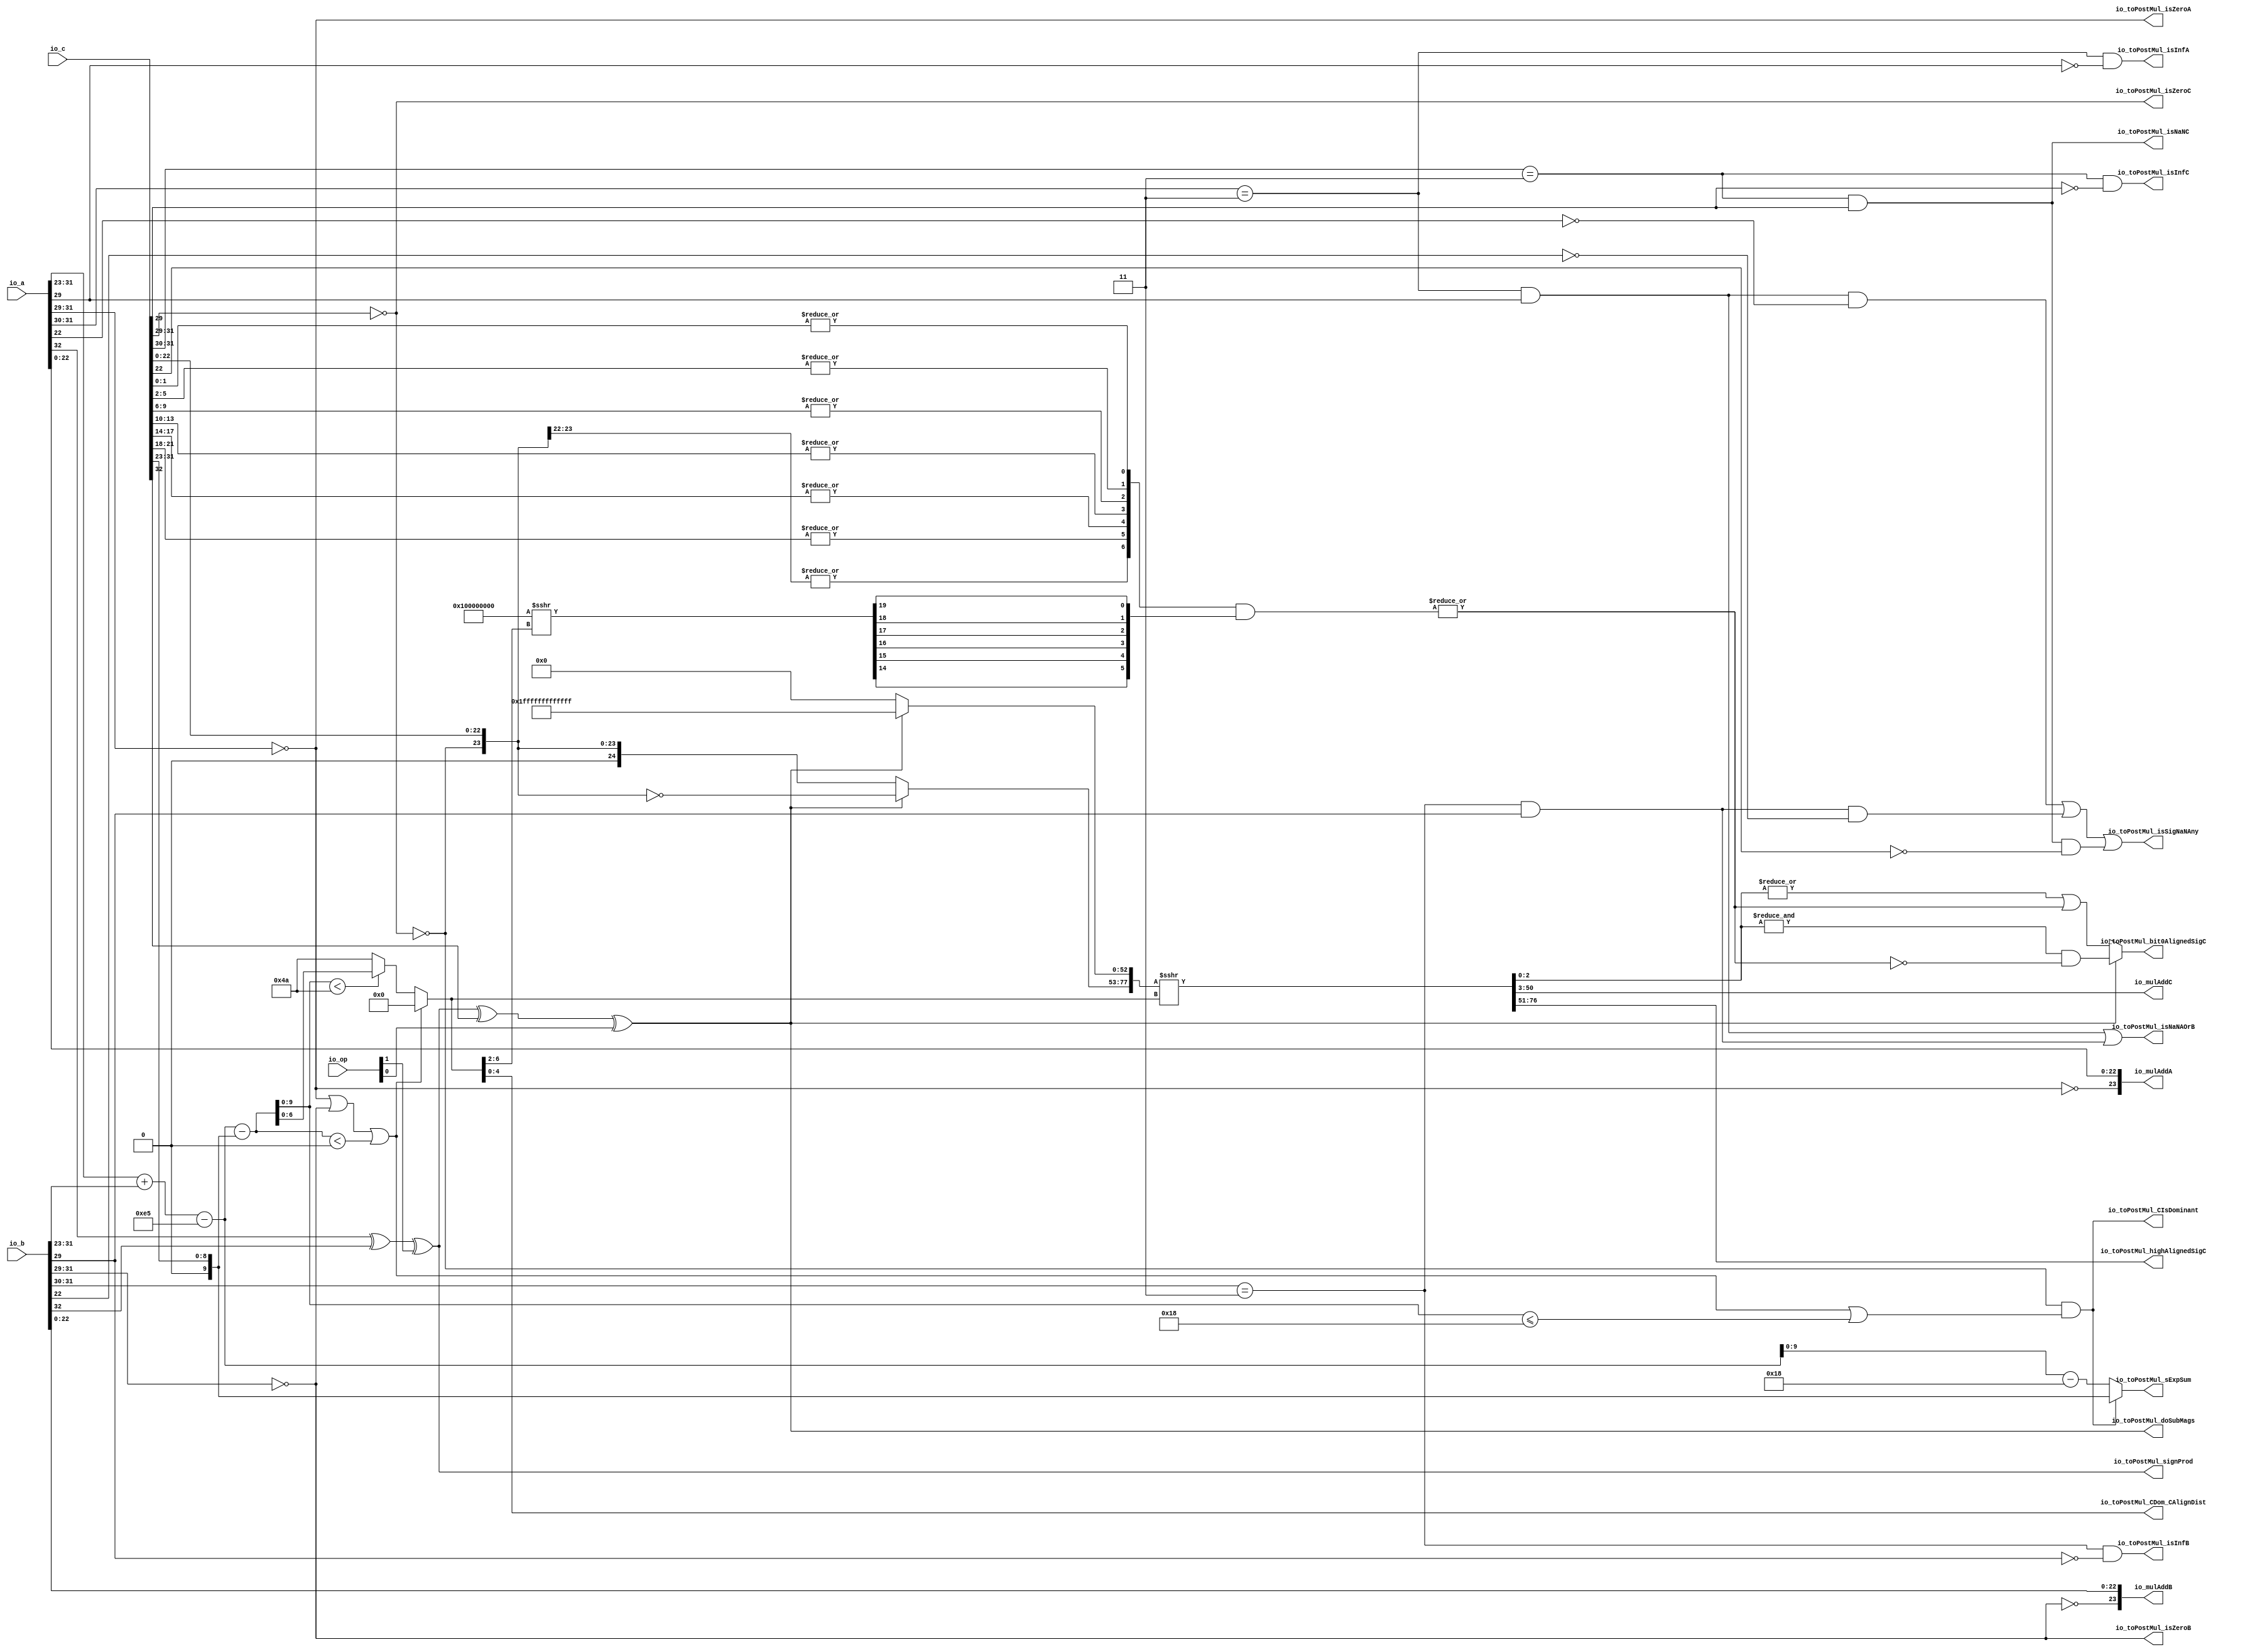
module MulAddRecFNToRaw_preMul( // @[:freechips.rocketchip.system.DefaultRV32Config.fir@210711.2]
  input  [1:0]  io_op, // @[:freechips.rocketchip.system.DefaultRV32Config.fir@210712.4]
  input  [32:0] io_a, // @[:freechips.rocketchip.system.DefaultRV32Config.fir@210712.4]
  input  [32:0] io_b, // @[:freechips.rocketchip.system.DefaultRV32Config.fir@210712.4]
  input  [32:0] io_c, // @[:freechips.rocketchip.system.DefaultRV32Config.fir@210712.4]
  output [23:0] io_mulAddA, // @[:freechips.rocketchip.system.DefaultRV32Config.fir@210712.4]
  output [23:0] io_mulAddB, // @[:freechips.rocketchip.system.DefaultRV32Config.fir@210712.4]
  output [47:0] io_mulAddC, // @[:freechips.rocketchip.system.DefaultRV32Config.fir@210712.4]
  output        io_toPostMul_isSigNaNAny, // @[:freechips.rocketchip.system.DefaultRV32Config.fir@210712.4]
  output        io_toPostMul_isNaNAOrB, // @[:freechips.rocketchip.system.DefaultRV32Config.fir@210712.4]
  output        io_toPostMul_isInfA, // @[:freechips.rocketchip.system.DefaultRV32Config.fir@210712.4]
  output        io_toPostMul_isZeroA, // @[:freechips.rocketchip.system.DefaultRV32Config.fir@210712.4]
  output        io_toPostMul_isInfB, // @[:freechips.rocketchip.system.DefaultRV32Config.fir@210712.4]
  output        io_toPostMul_isZeroB, // @[:freechips.rocketchip.system.DefaultRV32Config.fir@210712.4]
  output        io_toPostMul_signProd, // @[:freechips.rocketchip.system.DefaultRV32Config.fir@210712.4]
  output        io_toPostMul_isNaNC, // @[:freechips.rocketchip.system.DefaultRV32Config.fir@210712.4]
  output        io_toPostMul_isInfC, // @[:freechips.rocketchip.system.DefaultRV32Config.fir@210712.4]
  output        io_toPostMul_isZeroC, // @[:freechips.rocketchip.system.DefaultRV32Config.fir@210712.4]
  output [9:0]  io_toPostMul_sExpSum, // @[:freechips.rocketchip.system.DefaultRV32Config.fir@210712.4]
  output        io_toPostMul_doSubMags, // @[:freechips.rocketchip.system.DefaultRV32Config.fir@210712.4]
  output        io_toPostMul_CIsDominant, // @[:freechips.rocketchip.system.DefaultRV32Config.fir@210712.4]
  output [4:0]  io_toPostMul_CDom_CAlignDist, // @[:freechips.rocketchip.system.DefaultRV32Config.fir@210712.4]
  output [25:0] io_toPostMul_highAlignedSigC, // @[:freechips.rocketchip.system.DefaultRV32Config.fir@210712.4]
  output        io_toPostMul_bit0AlignedSigC // @[:freechips.rocketchip.system.DefaultRV32Config.fir@210712.4]
);
  wire  rawA_isZero; // @[rawFloatFromRecFN.scala 51:54:freechips.rocketchip.system.DefaultRV32Config.fir@210717.4]
  wire  _T_4; // @[rawFloatFromRecFN.scala 52:54:freechips.rocketchip.system.DefaultRV32Config.fir@210719.4]
  wire  rawA_isNaN; // @[rawFloatFromRecFN.scala 55:33:freechips.rocketchip.system.DefaultRV32Config.fir@210723.4]
  wire  _T_8; // @[rawFloatFromRecFN.scala 56:36:freechips.rocketchip.system.DefaultRV32Config.fir@210726.4]
  wire  rawA_sign; // @[rawFloatFromRecFN.scala 58:25:freechips.rocketchip.system.DefaultRV32Config.fir@210730.4]
  wire [9:0] rawA_sExp; // @[rawFloatFromRecFN.scala 59:27:freechips.rocketchip.system.DefaultRV32Config.fir@210732.4]
  wire  _T_12; // @[rawFloatFromRecFN.scala 60:39:freechips.rocketchip.system.DefaultRV32Config.fir@210734.4]
  wire [24:0] rawA_sig; // @[Cat.scala 29:58:freechips.rocketchip.system.DefaultRV32Config.fir@210737.4]
  wire  rawB_isZero; // @[rawFloatFromRecFN.scala 51:54:freechips.rocketchip.system.DefaultRV32Config.fir@210741.4]
  wire  _T_20; // @[rawFloatFromRecFN.scala 52:54:freechips.rocketchip.system.DefaultRV32Config.fir@210743.4]
  wire  rawB_isNaN; // @[rawFloatFromRecFN.scala 55:33:freechips.rocketchip.system.DefaultRV32Config.fir@210747.4]
  wire  _T_24; // @[rawFloatFromRecFN.scala 56:36:freechips.rocketchip.system.DefaultRV32Config.fir@210750.4]
  wire  rawB_sign; // @[rawFloatFromRecFN.scala 58:25:freechips.rocketchip.system.DefaultRV32Config.fir@210754.4]
  wire [9:0] rawB_sExp; // @[rawFloatFromRecFN.scala 59:27:freechips.rocketchip.system.DefaultRV32Config.fir@210756.4]
  wire  _T_28; // @[rawFloatFromRecFN.scala 60:39:freechips.rocketchip.system.DefaultRV32Config.fir@210758.4]
  wire [24:0] rawB_sig; // @[Cat.scala 29:58:freechips.rocketchip.system.DefaultRV32Config.fir@210761.4]
  wire  rawC_isZero; // @[rawFloatFromRecFN.scala 51:54:freechips.rocketchip.system.DefaultRV32Config.fir@210765.4]
  wire  _T_36; // @[rawFloatFromRecFN.scala 52:54:freechips.rocketchip.system.DefaultRV32Config.fir@210767.4]
  wire  rawC_isNaN; // @[rawFloatFromRecFN.scala 55:33:freechips.rocketchip.system.DefaultRV32Config.fir@210771.4]
  wire  _T_40; // @[rawFloatFromRecFN.scala 56:36:freechips.rocketchip.system.DefaultRV32Config.fir@210774.4]
  wire  rawC_sign; // @[rawFloatFromRecFN.scala 58:25:freechips.rocketchip.system.DefaultRV32Config.fir@210778.4]
  wire [9:0] rawC_sExp; // @[rawFloatFromRecFN.scala 59:27:freechips.rocketchip.system.DefaultRV32Config.fir@210780.4]
  wire  _T_44; // @[rawFloatFromRecFN.scala 60:39:freechips.rocketchip.system.DefaultRV32Config.fir@210782.4]
  wire [24:0] rawC_sig; // @[Cat.scala 29:58:freechips.rocketchip.system.DefaultRV32Config.fir@210785.4]
  wire  _T_48; // @[MulAddRecFN.scala 98:30:freechips.rocketchip.system.DefaultRV32Config.fir@210787.4]
  wire  signProd; // @[MulAddRecFN.scala 98:42:freechips.rocketchip.system.DefaultRV32Config.fir@210789.4]
  wire [10:0] _T_50; // @[MulAddRecFN.scala 101:19:freechips.rocketchip.system.DefaultRV32Config.fir@210790.4]
  wire [10:0] sExpAlignedProd; // @[MulAddRecFN.scala 101:32:freechips.rocketchip.system.DefaultRV32Config.fir@210793.4]
  wire  _T_53; // @[MulAddRecFN.scala 103:30:freechips.rocketchip.system.DefaultRV32Config.fir@210794.4]
  wire  doSubMags; // @[MulAddRecFN.scala 103:42:freechips.rocketchip.system.DefaultRV32Config.fir@210796.4]
  wire [10:0] _GEN_0; // @[MulAddRecFN.scala 107:42:freechips.rocketchip.system.DefaultRV32Config.fir@210797.4]
  wire [10:0] sNatCAlignDist; // @[MulAddRecFN.scala 107:42:freechips.rocketchip.system.DefaultRV32Config.fir@210799.4]
  wire [9:0] posNatCAlignDist; // @[MulAddRecFN.scala 108:42:freechips.rocketchip.system.DefaultRV32Config.fir@210800.4]
  wire  _T_57; // @[MulAddRecFN.scala 109:35:freechips.rocketchip.system.DefaultRV32Config.fir@210801.4]
  wire  _T_58; // @[MulAddRecFN.scala 109:69:freechips.rocketchip.system.DefaultRV32Config.fir@210802.4]
  wire  isMinCAlign; // @[MulAddRecFN.scala 109:50:freechips.rocketchip.system.DefaultRV32Config.fir@210803.4]
  wire  _T_60; // @[MulAddRecFN.scala 111:60:freechips.rocketchip.system.DefaultRV32Config.fir@210805.4]
  wire  _T_61; // @[MulAddRecFN.scala 111:39:freechips.rocketchip.system.DefaultRV32Config.fir@210806.4]
  wire  CIsDominant; // @[MulAddRecFN.scala 111:23:freechips.rocketchip.system.DefaultRV32Config.fir@210807.4]
  wire  _T_62; // @[MulAddRecFN.scala 115:34:freechips.rocketchip.system.DefaultRV32Config.fir@210808.4]
  wire [6:0] _T_64; // @[MulAddRecFN.scala 115:16:freechips.rocketchip.system.DefaultRV32Config.fir@210810.4]
  wire [6:0] CAlignDist; // @[MulAddRecFN.scala 113:12:freechips.rocketchip.system.DefaultRV32Config.fir@210811.4]
  wire [24:0] _T_65; // @[MulAddRecFN.scala 121:28:freechips.rocketchip.system.DefaultRV32Config.fir@210812.4]
  wire [24:0] _T_66; // @[MulAddRecFN.scala 121:16:freechips.rocketchip.system.DefaultRV32Config.fir@210813.4]
  wire [52:0] _T_68; // @[Bitwise.scala 72:12:freechips.rocketchip.system.DefaultRV32Config.fir@210815.4]
  wire [77:0] _T_70; // @[MulAddRecFN.scala 123:11:freechips.rocketchip.system.DefaultRV32Config.fir@210817.4]
  wire [77:0] mainAlignedSigC; // @[MulAddRecFN.scala 123:17:freechips.rocketchip.system.DefaultRV32Config.fir@210818.4]
  wire [26:0] _T_71; // @[MulAddRecFN.scala 125:30:freechips.rocketchip.system.DefaultRV32Config.fir@210819.4]
  wire  _T_74; // @[primitives.scala 121:54:freechips.rocketchip.system.DefaultRV32Config.fir@210823.4]
  wire  _T_76; // @[primitives.scala 121:54:freechips.rocketchip.system.DefaultRV32Config.fir@210826.4]
  wire  _T_78; // @[primitives.scala 121:54:freechips.rocketchip.system.DefaultRV32Config.fir@210829.4]
  wire  _T_80; // @[primitives.scala 121:54:freechips.rocketchip.system.DefaultRV32Config.fir@210832.4]
  wire  _T_82; // @[primitives.scala 121:54:freechips.rocketchip.system.DefaultRV32Config.fir@210835.4]
  wire  _T_84; // @[primitives.scala 121:54:freechips.rocketchip.system.DefaultRV32Config.fir@210838.4]
  wire  _T_86; // @[primitives.scala 124:57:freechips.rocketchip.system.DefaultRV32Config.fir@210841.4]
  wire [6:0] _T_92; // @[primitives.scala 125:20:freechips.rocketchip.system.DefaultRV32Config.fir@210848.4]
  wire [32:0] _T_94; // @[primitives.scala 77:58:freechips.rocketchip.system.DefaultRV32Config.fir@210850.4]
  wire [5:0] _T_110; // @[Cat.scala 29:58:freechips.rocketchip.system.DefaultRV32Config.fir@210866.4]
  wire [6:0] _GEN_1; // @[MulAddRecFN.scala 125:68:freechips.rocketchip.system.DefaultRV32Config.fir@210867.4]
  wire [6:0] _T_111; // @[MulAddRecFN.scala 125:68:freechips.rocketchip.system.DefaultRV32Config.fir@210867.4]
  wire  reduced4CExtra; // @[MulAddRecFN.scala 133:11:freechips.rocketchip.system.DefaultRV32Config.fir@210868.4]
  wire  _T_114; // @[MulAddRecFN.scala 137:39:freechips.rocketchip.system.DefaultRV32Config.fir@210871.4]
  wire  _T_115; // @[MulAddRecFN.scala 137:47:freechips.rocketchip.system.DefaultRV32Config.fir@210872.4]
  wire  _T_116; // @[MulAddRecFN.scala 137:44:freechips.rocketchip.system.DefaultRV32Config.fir@210873.4]
  wire  _T_118; // @[MulAddRecFN.scala 138:39:freechips.rocketchip.system.DefaultRV32Config.fir@210875.4]
  wire  _T_119; // @[MulAddRecFN.scala 138:44:freechips.rocketchip.system.DefaultRV32Config.fir@210876.4]
  wire  _T_120; // @[MulAddRecFN.scala 136:16:freechips.rocketchip.system.DefaultRV32Config.fir@210877.4]
  wire [74:0] _T_121; // @[Cat.scala 29:58:freechips.rocketchip.system.DefaultRV32Config.fir@210878.4]
  wire [75:0] alignedSigC; // @[Cat.scala 29:58:freechips.rocketchip.system.DefaultRV32Config.fir@210879.4]
  wire  _T_124; // @[common.scala 81:49:freechips.rocketchip.system.DefaultRV32Config.fir@210885.4]
  wire  _T_125; // @[common.scala 81:46:freechips.rocketchip.system.DefaultRV32Config.fir@210886.4]
  wire  _T_127; // @[common.scala 81:49:freechips.rocketchip.system.DefaultRV32Config.fir@210888.4]
  wire  _T_128; // @[common.scala 81:46:freechips.rocketchip.system.DefaultRV32Config.fir@210889.4]
  wire  _T_129; // @[MulAddRecFN.scala 149:32:freechips.rocketchip.system.DefaultRV32Config.fir@210890.4]
  wire  _T_131; // @[common.scala 81:49:freechips.rocketchip.system.DefaultRV32Config.fir@210892.4]
  wire  _T_132; // @[common.scala 81:46:freechips.rocketchip.system.DefaultRV32Config.fir@210893.4]
  wire [10:0] _T_137; // @[MulAddRecFN.scala 161:53:freechips.rocketchip.system.DefaultRV32Config.fir@210908.4]
  wire [10:0] _T_138; // @[MulAddRecFN.scala 161:12:freechips.rocketchip.system.DefaultRV32Config.fir@210909.4]
  assign rawA_isZero = io_a[31:29] == 3'h0; // @[rawFloatFromRecFN.scala 51:54:freechips.rocketchip.system.DefaultRV32Config.fir@210717.4]
  assign _T_4 = io_a[31:30] == 2'h3; // @[rawFloatFromRecFN.scala 52:54:freechips.rocketchip.system.DefaultRV32Config.fir@210719.4]
  assign rawA_isNaN = _T_4 & io_a[29]; // @[rawFloatFromRecFN.scala 55:33:freechips.rocketchip.system.DefaultRV32Config.fir@210723.4]
  assign _T_8 = ~io_a[29]; // @[rawFloatFromRecFN.scala 56:36:freechips.rocketchip.system.DefaultRV32Config.fir@210726.4]
  assign rawA_sign = io_a[32]; // @[rawFloatFromRecFN.scala 58:25:freechips.rocketchip.system.DefaultRV32Config.fir@210730.4]
  assign rawA_sExp = {1'b0,$signed(io_a[31:23])}; // @[rawFloatFromRecFN.scala 59:27:freechips.rocketchip.system.DefaultRV32Config.fir@210732.4]
  assign _T_12 = ~rawA_isZero; // @[rawFloatFromRecFN.scala 60:39:freechips.rocketchip.system.DefaultRV32Config.fir@210734.4]
  assign rawA_sig = {1'h0,_T_12,io_a[22:0]}; // @[Cat.scala 29:58:freechips.rocketchip.system.DefaultRV32Config.fir@210737.4]
  assign rawB_isZero = io_b[31:29] == 3'h0; // @[rawFloatFromRecFN.scala 51:54:freechips.rocketchip.system.DefaultRV32Config.fir@210741.4]
  assign _T_20 = io_b[31:30] == 2'h3; // @[rawFloatFromRecFN.scala 52:54:freechips.rocketchip.system.DefaultRV32Config.fir@210743.4]
  assign rawB_isNaN = _T_20 & io_b[29]; // @[rawFloatFromRecFN.scala 55:33:freechips.rocketchip.system.DefaultRV32Config.fir@210747.4]
  assign _T_24 = ~io_b[29]; // @[rawFloatFromRecFN.scala 56:36:freechips.rocketchip.system.DefaultRV32Config.fir@210750.4]
  assign rawB_sign = io_b[32]; // @[rawFloatFromRecFN.scala 58:25:freechips.rocketchip.system.DefaultRV32Config.fir@210754.4]
  assign rawB_sExp = {1'b0,$signed(io_b[31:23])}; // @[rawFloatFromRecFN.scala 59:27:freechips.rocketchip.system.DefaultRV32Config.fir@210756.4]
  assign _T_28 = ~rawB_isZero; // @[rawFloatFromRecFN.scala 60:39:freechips.rocketchip.system.DefaultRV32Config.fir@210758.4]
  assign rawB_sig = {1'h0,_T_28,io_b[22:0]}; // @[Cat.scala 29:58:freechips.rocketchip.system.DefaultRV32Config.fir@210761.4]
  assign rawC_isZero = io_c[31:29] == 3'h0; // @[rawFloatFromRecFN.scala 51:54:freechips.rocketchip.system.DefaultRV32Config.fir@210765.4]
  assign _T_36 = io_c[31:30] == 2'h3; // @[rawFloatFromRecFN.scala 52:54:freechips.rocketchip.system.DefaultRV32Config.fir@210767.4]
  assign rawC_isNaN = _T_36 & io_c[29]; // @[rawFloatFromRecFN.scala 55:33:freechips.rocketchip.system.DefaultRV32Config.fir@210771.4]
  assign _T_40 = ~io_c[29]; // @[rawFloatFromRecFN.scala 56:36:freechips.rocketchip.system.DefaultRV32Config.fir@210774.4]
  assign rawC_sign = io_c[32]; // @[rawFloatFromRecFN.scala 58:25:freechips.rocketchip.system.DefaultRV32Config.fir@210778.4]
  assign rawC_sExp = {1'b0,$signed(io_c[31:23])}; // @[rawFloatFromRecFN.scala 59:27:freechips.rocketchip.system.DefaultRV32Config.fir@210780.4]
  assign _T_44 = ~rawC_isZero; // @[rawFloatFromRecFN.scala 60:39:freechips.rocketchip.system.DefaultRV32Config.fir@210782.4]
  assign rawC_sig = {1'h0,_T_44,io_c[22:0]}; // @[Cat.scala 29:58:freechips.rocketchip.system.DefaultRV32Config.fir@210785.4]
  assign _T_48 = rawA_sign ^ rawB_sign; // @[MulAddRecFN.scala 98:30:freechips.rocketchip.system.DefaultRV32Config.fir@210787.4]
  assign signProd = _T_48 ^ io_op[1]; // @[MulAddRecFN.scala 98:42:freechips.rocketchip.system.DefaultRV32Config.fir@210789.4]
  assign _T_50 = $signed(rawA_sExp) + $signed(rawB_sExp); // @[MulAddRecFN.scala 101:19:freechips.rocketchip.system.DefaultRV32Config.fir@210790.4]
  assign sExpAlignedProd = $signed(_T_50) - 11'she5; // @[MulAddRecFN.scala 101:32:freechips.rocketchip.system.DefaultRV32Config.fir@210793.4]
  assign _T_53 = signProd ^ rawC_sign; // @[MulAddRecFN.scala 103:30:freechips.rocketchip.system.DefaultRV32Config.fir@210794.4]
  assign doSubMags = _T_53 ^ io_op[0]; // @[MulAddRecFN.scala 103:42:freechips.rocketchip.system.DefaultRV32Config.fir@210796.4]
  assign _GEN_0 = {{1{rawC_sExp[9]}},rawC_sExp}; // @[MulAddRecFN.scala 107:42:freechips.rocketchip.system.DefaultRV32Config.fir@210797.4]
  assign sNatCAlignDist = $signed(sExpAlignedProd) - $signed(_GEN_0); // @[MulAddRecFN.scala 107:42:freechips.rocketchip.system.DefaultRV32Config.fir@210799.4]
  assign posNatCAlignDist = sNatCAlignDist[9:0]; // @[MulAddRecFN.scala 108:42:freechips.rocketchip.system.DefaultRV32Config.fir@210800.4]
  assign _T_57 = rawA_isZero | rawB_isZero; // @[MulAddRecFN.scala 109:35:freechips.rocketchip.system.DefaultRV32Config.fir@210801.4]
  assign _T_58 = $signed(sNatCAlignDist) < 11'sh0; // @[MulAddRecFN.scala 109:69:freechips.rocketchip.system.DefaultRV32Config.fir@210802.4]
  assign isMinCAlign = _T_57 | _T_58; // @[MulAddRecFN.scala 109:50:freechips.rocketchip.system.DefaultRV32Config.fir@210803.4]
  assign _T_60 = posNatCAlignDist <= 10'h18; // @[MulAddRecFN.scala 111:60:freechips.rocketchip.system.DefaultRV32Config.fir@210805.4]
  assign _T_61 = isMinCAlign | _T_60; // @[MulAddRecFN.scala 111:39:freechips.rocketchip.system.DefaultRV32Config.fir@210806.4]
  assign CIsDominant = _T_44 & _T_61; // @[MulAddRecFN.scala 111:23:freechips.rocketchip.system.DefaultRV32Config.fir@210807.4]
  assign _T_62 = posNatCAlignDist < 10'h4a; // @[MulAddRecFN.scala 115:34:freechips.rocketchip.system.DefaultRV32Config.fir@210808.4]
  assign _T_64 = _T_62 ? posNatCAlignDist[6:0] : 7'h4a; // @[MulAddRecFN.scala 115:16:freechips.rocketchip.system.DefaultRV32Config.fir@210810.4]
  assign CAlignDist = isMinCAlign ? 7'h0 : _T_64; // @[MulAddRecFN.scala 113:12:freechips.rocketchip.system.DefaultRV32Config.fir@210811.4]
  assign _T_65 = ~rawC_sig; // @[MulAddRecFN.scala 121:28:freechips.rocketchip.system.DefaultRV32Config.fir@210812.4]
  assign _T_66 = doSubMags ? _T_65 : rawC_sig; // @[MulAddRecFN.scala 121:16:freechips.rocketchip.system.DefaultRV32Config.fir@210813.4]
  assign _T_68 = doSubMags ? 53'h1fffffffffffff : 53'h0; // @[Bitwise.scala 72:12:freechips.rocketchip.system.DefaultRV32Config.fir@210815.4]
  assign _T_70 = {_T_66,_T_68}; // @[MulAddRecFN.scala 123:11:freechips.rocketchip.system.DefaultRV32Config.fir@210817.4]
  assign mainAlignedSigC = $signed(_T_70) >>> CAlignDist; // @[MulAddRecFN.scala 123:17:freechips.rocketchip.system.DefaultRV32Config.fir@210818.4]
  assign _T_71 = {rawC_sig, 2'h0}; // @[MulAddRecFN.scala 125:30:freechips.rocketchip.system.DefaultRV32Config.fir@210819.4]
  assign _T_74 = |_T_71[3:0]; // @[primitives.scala 121:54:freechips.rocketchip.system.DefaultRV32Config.fir@210823.4]
  assign _T_76 = |_T_71[7:4]; // @[primitives.scala 121:54:freechips.rocketchip.system.DefaultRV32Config.fir@210826.4]
  assign _T_78 = |_T_71[11:8]; // @[primitives.scala 121:54:freechips.rocketchip.system.DefaultRV32Config.fir@210829.4]
  assign _T_80 = |_T_71[15:12]; // @[primitives.scala 121:54:freechips.rocketchip.system.DefaultRV32Config.fir@210832.4]
  assign _T_82 = |_T_71[19:16]; // @[primitives.scala 121:54:freechips.rocketchip.system.DefaultRV32Config.fir@210835.4]
  assign _T_84 = |_T_71[23:20]; // @[primitives.scala 121:54:freechips.rocketchip.system.DefaultRV32Config.fir@210838.4]
  assign _T_86 = |_T_71[26:24]; // @[primitives.scala 124:57:freechips.rocketchip.system.DefaultRV32Config.fir@210841.4]
  assign _T_92 = {_T_86,_T_84,_T_82,_T_80,_T_78,_T_76,_T_74}; // @[primitives.scala 125:20:freechips.rocketchip.system.DefaultRV32Config.fir@210848.4]
  assign _T_94 = -33'sh100000000 >>> CAlignDist[6:2]; // @[primitives.scala 77:58:freechips.rocketchip.system.DefaultRV32Config.fir@210850.4]
  assign _T_110 = {_T_94[14],_T_94[15],_T_94[16],_T_94[17],_T_94[18],_T_94[19]}; // @[Cat.scala 29:58:freechips.rocketchip.system.DefaultRV32Config.fir@210866.4]
  assign _GEN_1 = {{1'd0}, _T_110}; // @[MulAddRecFN.scala 125:68:freechips.rocketchip.system.DefaultRV32Config.fir@210867.4]
  assign _T_111 = _T_92 & _GEN_1; // @[MulAddRecFN.scala 125:68:freechips.rocketchip.system.DefaultRV32Config.fir@210867.4]
  assign reduced4CExtra = |_T_111; // @[MulAddRecFN.scala 133:11:freechips.rocketchip.system.DefaultRV32Config.fir@210868.4]
  assign _T_114 = &mainAlignedSigC[2:0]; // @[MulAddRecFN.scala 137:39:freechips.rocketchip.system.DefaultRV32Config.fir@210871.4]
  assign _T_115 = ~reduced4CExtra; // @[MulAddRecFN.scala 137:47:freechips.rocketchip.system.DefaultRV32Config.fir@210872.4]
  assign _T_116 = _T_114 & _T_115; // @[MulAddRecFN.scala 137:44:freechips.rocketchip.system.DefaultRV32Config.fir@210873.4]
  assign _T_118 = |mainAlignedSigC[2:0]; // @[MulAddRecFN.scala 138:39:freechips.rocketchip.system.DefaultRV32Config.fir@210875.4]
  assign _T_119 = _T_118 | reduced4CExtra; // @[MulAddRecFN.scala 138:44:freechips.rocketchip.system.DefaultRV32Config.fir@210876.4]
  assign _T_120 = doSubMags ? _T_116 : _T_119; // @[MulAddRecFN.scala 136:16:freechips.rocketchip.system.DefaultRV32Config.fir@210877.4]
  assign _T_121 = mainAlignedSigC[77:3]; // @[Cat.scala 29:58:freechips.rocketchip.system.DefaultRV32Config.fir@210878.4]
  assign alignedSigC = {_T_121,_T_120}; // @[Cat.scala 29:58:freechips.rocketchip.system.DefaultRV32Config.fir@210879.4]
  assign _T_124 = ~rawA_sig[22]; // @[common.scala 81:49:freechips.rocketchip.system.DefaultRV32Config.fir@210885.4]
  assign _T_125 = rawA_isNaN & _T_124; // @[common.scala 81:46:freechips.rocketchip.system.DefaultRV32Config.fir@210886.4]
  assign _T_127 = ~rawB_sig[22]; // @[common.scala 81:49:freechips.rocketchip.system.DefaultRV32Config.fir@210888.4]
  assign _T_128 = rawB_isNaN & _T_127; // @[common.scala 81:46:freechips.rocketchip.system.DefaultRV32Config.fir@210889.4]
  assign _T_129 = _T_125 | _T_128; // @[MulAddRecFN.scala 149:32:freechips.rocketchip.system.DefaultRV32Config.fir@210890.4]
  assign _T_131 = ~rawC_sig[22]; // @[common.scala 81:49:freechips.rocketchip.system.DefaultRV32Config.fir@210892.4]
  assign _T_132 = rawC_isNaN & _T_131; // @[common.scala 81:46:freechips.rocketchip.system.DefaultRV32Config.fir@210893.4]
  assign _T_137 = $signed(sExpAlignedProd) - 11'sh18; // @[MulAddRecFN.scala 161:53:freechips.rocketchip.system.DefaultRV32Config.fir@210908.4]
  assign _T_138 = CIsDominant ? $signed({{1{rawC_sExp[9]}},rawC_sExp}) : $signed(_T_137); // @[MulAddRecFN.scala 161:12:freechips.rocketchip.system.DefaultRV32Config.fir@210909.4]
  assign io_mulAddA = rawA_sig[23:0]; // @[MulAddRecFN.scala 144:16:freechips.rocketchip.system.DefaultRV32Config.fir@210880.4]
  assign io_mulAddB = rawB_sig[23:0]; // @[MulAddRecFN.scala 145:16:freechips.rocketchip.system.DefaultRV32Config.fir@210881.4]
  assign io_mulAddC = alignedSigC[48:1]; // @[MulAddRecFN.scala 146:16:freechips.rocketchip.system.DefaultRV32Config.fir@210883.4]
  assign io_toPostMul_isSigNaNAny = _T_129 | _T_132; // @[MulAddRecFN.scala 148:30:freechips.rocketchip.system.DefaultRV32Config.fir@210895.4]
  assign io_toPostMul_isNaNAOrB = rawA_isNaN | rawB_isNaN; // @[MulAddRecFN.scala 151:28:freechips.rocketchip.system.DefaultRV32Config.fir@210897.4]
  assign io_toPostMul_isInfA = _T_4 & _T_8; // @[MulAddRecFN.scala 152:28:freechips.rocketchip.system.DefaultRV32Config.fir@210898.4]
  assign io_toPostMul_isZeroA = io_a[31:29] == 3'h0; // @[MulAddRecFN.scala 153:28:freechips.rocketchip.system.DefaultRV32Config.fir@210899.4]
  assign io_toPostMul_isInfB = _T_20 & _T_24; // @[MulAddRecFN.scala 154:28:freechips.rocketchip.system.DefaultRV32Config.fir@210900.4]
  assign io_toPostMul_isZeroB = io_b[31:29] == 3'h0; // @[MulAddRecFN.scala 155:28:freechips.rocketchip.system.DefaultRV32Config.fir@210901.4]
  assign io_toPostMul_signProd = _T_48 ^ io_op[1]; // @[MulAddRecFN.scala 156:28:freechips.rocketchip.system.DefaultRV32Config.fir@210902.4]
  assign io_toPostMul_isNaNC = _T_36 & io_c[29]; // @[MulAddRecFN.scala 157:28:freechips.rocketchip.system.DefaultRV32Config.fir@210903.4]
  assign io_toPostMul_isInfC = _T_36 & _T_40; // @[MulAddRecFN.scala 158:28:freechips.rocketchip.system.DefaultRV32Config.fir@210904.4]
  assign io_toPostMul_isZeroC = io_c[31:29] == 3'h0; // @[MulAddRecFN.scala 159:28:freechips.rocketchip.system.DefaultRV32Config.fir@210905.4]
  assign io_toPostMul_sExpSum = _T_138[9:0]; // @[MulAddRecFN.scala 160:28:freechips.rocketchip.system.DefaultRV32Config.fir@210910.4]
  assign io_toPostMul_doSubMags = _T_53 ^ io_op[0]; // @[MulAddRecFN.scala 162:28:freechips.rocketchip.system.DefaultRV32Config.fir@210911.4]
  assign io_toPostMul_CIsDominant = _T_44 & _T_61; // @[MulAddRecFN.scala 163:30:freechips.rocketchip.system.DefaultRV32Config.fir@210912.4]
  assign io_toPostMul_CDom_CAlignDist = CAlignDist[4:0]; // @[MulAddRecFN.scala 164:34:freechips.rocketchip.system.DefaultRV32Config.fir@210914.4]
  assign io_toPostMul_highAlignedSigC = alignedSigC[74:49]; // @[MulAddRecFN.scala 165:34:freechips.rocketchip.system.DefaultRV32Config.fir@210916.4]
  assign io_toPostMul_bit0AlignedSigC = alignedSigC[0]; // @[MulAddRecFN.scala 167:34:freechips.rocketchip.system.DefaultRV32Config.fir@210918.4]
endmodule